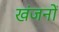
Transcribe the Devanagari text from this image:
खंजनों